Cholera in India, 1862 to 1881
Year: 1862
Disease focus: Cholera
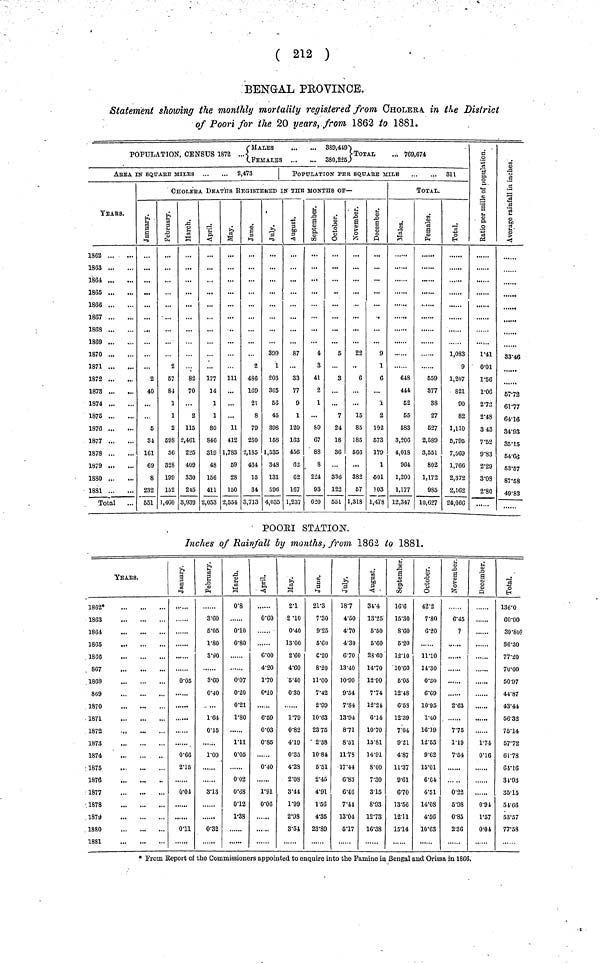
( 212 )
BENGAL PEOVINCE.
Statement showing the monthly mortality registered from CHOLERA. in the District
of Poori for the 20 years, from 1862 to 1881.
POPULATION, CENSUS 1872 ... { MALES ... ... 359,449. FEMALES ... ... 380,226} TOTAL ... 769,674
AREA IN SQUArE MILES
2,473
TEARS.
1862
1863
1864
1865
1866
1867
1863
1869
1870
1871
1872
1873
1874
1875
1876
1877
1878
1879
1880
1881
Total
POPULATION PER SQuArE MILE
311
CHOLErA DEATHS REGISTErED IN THE MONTHS Of—
January.
2
40
5
34
161
69
8
232
551
February.
2
57
84
1
1
2
598
36
328
199
152
1,400
March.
82
70
2
115
2,461
225
409
330
245
3,939
April.
177
14
1
1
80
846
319
48
156
411
2,053
May.
111
11
412
1,783
69
28
150
2,554
June.
2
436
169
21
8
79
280
2,185
434
15
34
3,713
July.
399
1
203
365
56
45
393
158
1,535
348
131
S96
4,035
August.
87
33
77
9
1
120
163
456
62
62
167
1,237
September.
4
3
41
2
1
89
67
88
8
224
93
620
October.
5
3
7
24
18
36
336
122
551
November.
22
6
...
15
85
185
566
...
382
57
1,318
December.
9
1
6
1
2
102
673
179
1
501
103
1,478
TOTAL.
Males.
648
444
52
55
583
3,206
4,018
964
1,200
1,177
12,347
Famales.
559
377
38
27
627
2,589
3,551
802
1,172
985
10,627
Total.
1,083
9
1,207
821
90
82
1,110
5,795
7,569
1,766
2,372
2,162
24,066
Ratio per mille of population.
1.41
0.01
1.56
1.06
2.73
2.48
3.43
7.52
9.83
2.29
3.08
2.80
.
Average rainfall in inches
8346
67.72
61.77
64.16
34.93
35.15
64.66
53.57
87.58
49.83
POOARI STATION.
Inches of Rainfall by months, from 1862 to 1881.
YEArS.
1862*
1863
1864
1865
1866
867
1868
869
1870
1871
1872
1873
1874
1875
1876
1877
1878
1879
1880
1881
January.
0.05
0.66
2.15
0.01
0.11
February.
3.60
5.05
1.80
3.90
3.60
0.04
1.64
0.15
1.00
3.13
0.32
March.
0.8
0.01
0.80
0.07
0.20
0.21
1.80
1.11
0.05
0.02
0.68
0.12
1.38
April.
0.60
...
6.00
4.20
1.70
0.01
6.59
0.03
0.85
0.40
1.91
0.06
May.
2.1
2.10
040
1300
260
460
540
030
179
082
4.19
035
428
208
341
199
298
851
June.
2.13
7.30
9.25
5.60
0.20
8.20
11.00
7.42
2.99
10.63
23.75
2.58
10.81
6.51
2.45
4.91
1.56
4.35
23.89
July.
1.87
4.50
4.70
4.30
6.70
13.40
10.90
9.54
7.84
13.94
8.71
8.51
11.73
17.44
6.83
6.46
7.41
13.01
5.17
August.
3.14
13.25
5.50
5.60
23.60
14.70
12.90
7.74
12.21
6.14
10.70
15.81
14.91
8.00
7.30
3.15
8.93
12.73
16.38
September.
1.66
15.30
8.60
6.20
12.10
10.60
5.05
12.18
6.53
12.39
7.04
9.21
4.87
11.37
9.61
6.70
13.56
12.11
15.14
October.
42.2
7.80
6.20
11.10
14.30
0.30
6.69
10.95
1.40
16.19
12.53
9.62
15.01
6.01
4.51
14.08
4.56
10.63
November.
6.45
?
2.63
7.5
1.19
7.64
0.22
5.98
0.85
2.36
December.
1.74
0.16
0.91
1.57
0.04
Total.
13.60
60.90
39.80?
86.30
77.20
70.00
50.97
44.87
43.41
56.32
75.14
57.72
64.78
64.16
34.93
35.15
61.66
53.57
77.58
* From Report of the Commissioners appointed to enquire into the Famine in Bengal and Orissa in 1866.